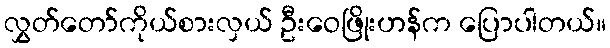
လွှတ်တော်ကိုယ်စားလှယ် ဦးဝေဖြိုးဟန်က ပြောပါတယ်။